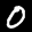
Label: 0